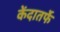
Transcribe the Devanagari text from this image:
केंदातर्फे